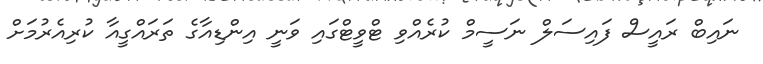
ނައިބް ރައީސް ފައިސަލް ނަސީމް ކުރެއްވި ޓްވީޓްގައި ވަނީ އިންޑިއާގެ ތަރައްގީއާ ކުރިއެރުމަށް